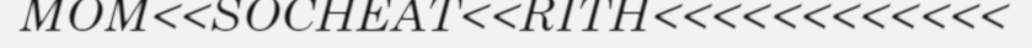
MOM<<SOCHEAT<<RITH<<<<<<<<<<<<